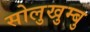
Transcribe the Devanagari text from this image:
सोलुखुम्बु